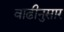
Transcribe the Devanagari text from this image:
वाढीनुसार